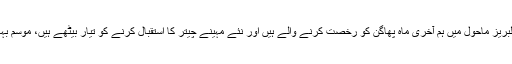
محبت، بھائی چارہ، انسانیت سے لبریز ماحول میں ہم آخری ماہ پھاگن کو رخصت کرنے والے ہیں اور نئے مہینے چیتر کا استقبال کرنے کو تیار بیٹھے ہیں، موسم بہار انہی دو مہینوں کا تو سنگم ہے۔